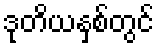
ဒုတိယနှစ်တွင်